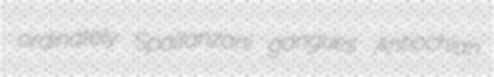
ordinately Spallanzani gangues Antiochian